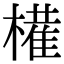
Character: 𫞐